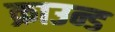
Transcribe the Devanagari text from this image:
क्राउन्ड